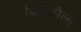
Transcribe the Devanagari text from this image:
व्हिटकौल्स